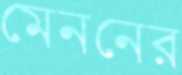
মেননের